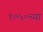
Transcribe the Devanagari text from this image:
१०५०च्या